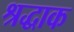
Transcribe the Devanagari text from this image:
श्रद्धाक